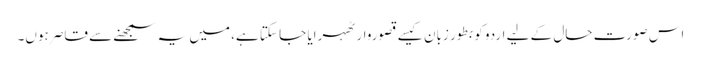
اس صورت حال کے لیے اردو کو بطور زبان کیسے قصوروار ٹھہرایا جا سکتا ہے، میں یہ سمجھنے سے قاصر ہوں۔